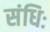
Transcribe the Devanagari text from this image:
संधिः